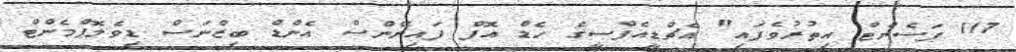
117 ޕަސެންޓް އިތުރުވެފައި" އެޗްޑީއެފްސީގެ ހެޑް އޮފް ފައިނޭންސް އެންޑް ބިޒްނަސް ޑިވެލޮޕްމެންޓް